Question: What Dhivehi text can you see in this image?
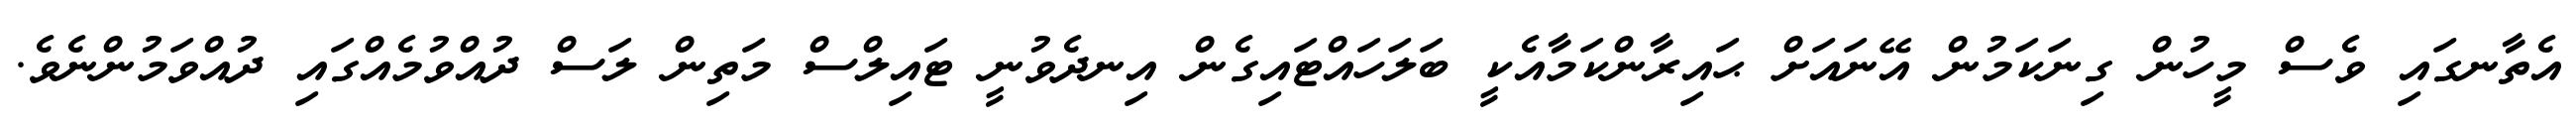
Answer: އެތާނގައި ވެސް މީހުން ގިނަކަމުން އޭނައަށް ޙައިރާންކަމާއެކީ ބަލަހައްޓައިގެން އިނދެވުނީ ޓައިލްސް މަތިން ލަސް ދުއްވުމެއްގައި ދުއްވަމުންނެވެ.